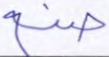
صنع